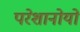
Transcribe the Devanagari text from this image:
परेशानोयों